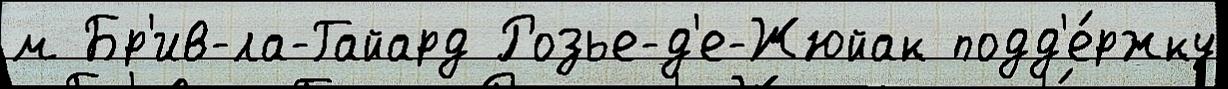
м Бр'ив-ла-Гайард Розье-д'е-Жюйак подд'е́ржку